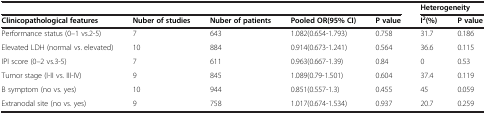
| <COLSPAN=5>  | <COLSPAN=2> Heterogeneity |
 | Clinicopathological features | Nuber of studies | Nuber of patients | Pooled OR(95% CI) | P value | I2(%) | P value |
 | --- | --- | --- | --- | --- | --- | --- |
 | Performance status (0–1 vs.2-5) | 7 | 643 | 1.082(0.654-1.793) | 0.758 | 31.7 | 0.186 |
 | Elevated LDH (normal vs. elevated) | 10 | 884 | 0.914(0.673-1.241) | 0.564 | 36.6 | 0.115 |
 | IPI score (0–2 vs.3-5) | 7 | 611 | 0.963(0.667-1.39) | 0.84 | 0 | 0.53 |
 | Tumor stage (I-II vs. III-IV) | 9 | 845 | 1.089(0.79-1.501) | 0.604 | 37.4 | 0.119 |
 | B symptom (no vs. yes) | 10 | 944 | 0.851(0.557-1.3) | 0.455 | 45 | 0.059 |
 | Extranodal site (no vs. yes) | 9 | 758 | 1.017(0.674-1.534) | 0.937 | 20.7 | 0.259 |